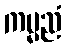
ကမ္မညံ